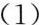
（1）